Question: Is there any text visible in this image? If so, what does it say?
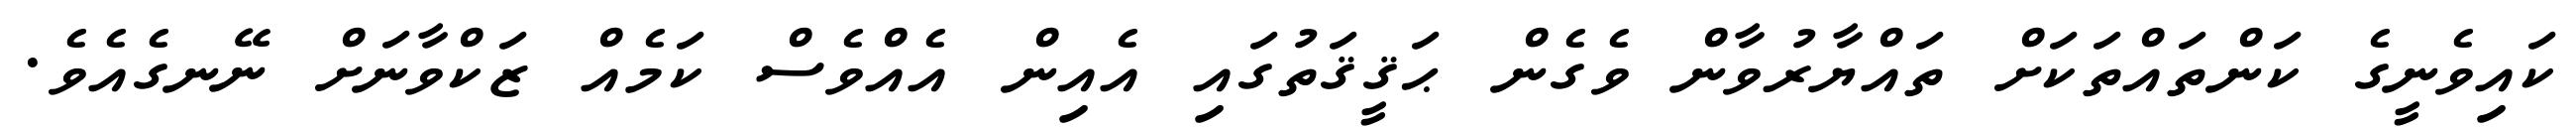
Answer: ކައިވެނީގެ ކަންތައްތަކަށް ތައްޔާރުވާން ވެގެން ޙަޤީޤަތުގައި އެއިން އެއްވެސް ކަމެއް ޒަކްވާނަށް ނޭނގެއެވެ.